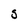
Character: S